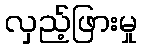
လှည့်ဖြားမှု